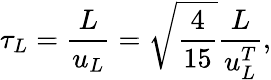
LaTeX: \tau_{L}=\frac{L}{u_{L}}=\sqrt{\frac{4}{15}}\frac{L}{u_{L}^{T}},